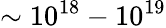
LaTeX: \sim 10^{18}-10^{19}